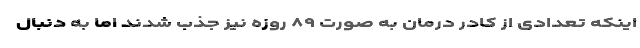
اینکه تعدادی از کادر درمان به صورت ۸۹ روزه نیز جذب شدند اما به دنبال